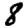
Digit: 8